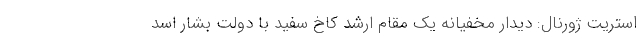
استریت ژورنال: دیدار مخفیانه یک مقام ارشد کاخ سفید با دولت بشار اسد